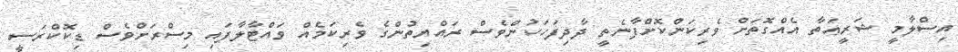
އިސްލާމީ ޝަރީޢަތާ އެއްގޮތަށް ވެރިކަންކޮށްފާނެތީ ދާދިފަހަކުންވެސް ރައްޔިތުންގެ ވެރިކަމެއް ވައްޓާލާފައި މިސްރަށްވެސް ޑިކޮކްރަސީ